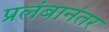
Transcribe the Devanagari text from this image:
प्रलंबानंतर